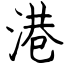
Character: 港